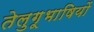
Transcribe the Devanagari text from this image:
तेलुगूभाषियों